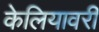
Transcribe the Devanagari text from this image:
केलियावरी